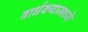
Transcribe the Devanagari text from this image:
वार्धक्यामध्ये